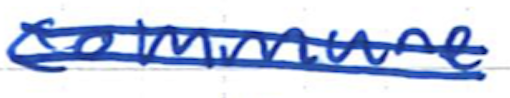
Text: commune
Cross-out: mix
Writing tool: ballpoint